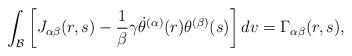
LaTeX: \begin{align*}\mathcal{\int_{B}}\left[J_{\alpha\beta}(r,s)-\frac{1}{\beta}\gamma\dot{\theta}^{(\alpha)}(r)\theta^{(\beta)}(s)\right]dv=\Gamma_{\alpha\beta}(r,s),\end{align*}